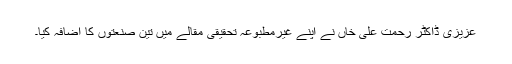
عزیزی ڈاکٹر رحمت علی خاں نے اپنے غیرمطبوعہ تحقیقی مقالے میں تین صنعتوں کا اضافہ کیا۔